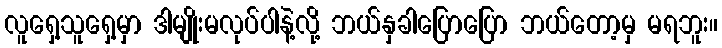
လူရှေ့သူရှေ့မှာ ဒါမျိုးမလုပ်ပါနဲ့လို့ ဘယ်နှခါပြောပြော ဘယ်တော့မှ မရဘူး။